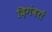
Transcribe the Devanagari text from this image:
दिगंबरों